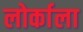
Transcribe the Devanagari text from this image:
लोर्काला